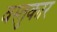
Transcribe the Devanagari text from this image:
वस्तुकार